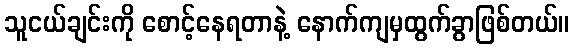
သူငယ်ချင်းကို စောင့်နေရတာနဲ့ နောက်ကျမှထွက်ခွာဖြစ်တယ်။